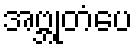
အဗ္ဘုတံပေ